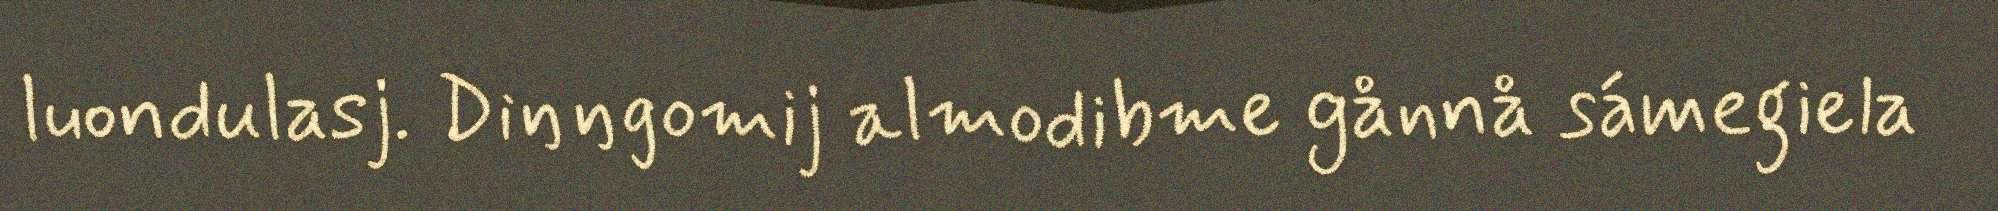
luondulasj. Diŋŋgomij almodibme gånnå sámegiela